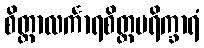
စိတ္တာလင်္ကာရစိတ္တပရိက္ခာရံ